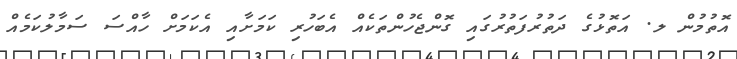
އޮތުމުން ލ. އަތޮޅުގެ ދަތުރުފަތުރުގައި ގޮންޖެހުންތަކެއް އެބަހުރި ކަމަށާއި އެކަމަށް ހާއްސަ ސަމާލުކަމެއް